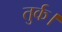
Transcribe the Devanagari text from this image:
तुर्क।